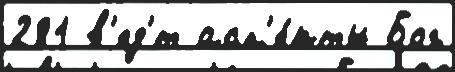
281 в'ед'́т асп'е́кты Бог